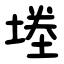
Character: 堘